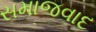
સમાજવાદ